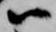
尉